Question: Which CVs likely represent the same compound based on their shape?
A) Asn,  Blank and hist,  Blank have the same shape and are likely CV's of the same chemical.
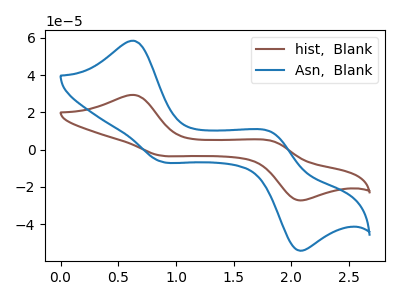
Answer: <think>The brown curve "hist,  Blank" has anodic peaks at (0.65V, 29.35uA) (1.85V, 4.55uA) and cathodic peaks at (0.85V, -3.15uA) (2.05V, -27.00uA). The blue curve "Asn,  Blank" has anodic peaks at (0.65V, 58.40uA) (1.85V, 9.10uA) and cathodic peaks at (0.85V, -6.25uA) (2.05V, -53.75uA).
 All the peaks in "hist,  Blank" have a peak in "Asn,  Blank" at the same potential. Every peak in "hist,  Blank" is lower than every peak in "Asn,  Blank".</think>
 <answer>A) "Asn,  Blank" and "hist,  Blank" have the same shape and are likely CV's of the same chemical.</answer>
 <eval>A</eval>